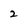
Character: 2